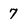
Character: 7